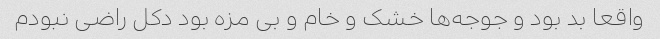
واقعا بد بود و جوجه‌ها خشک و خام و بی مزه بود دکل راضی نبودم